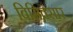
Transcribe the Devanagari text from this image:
बिमिवसार